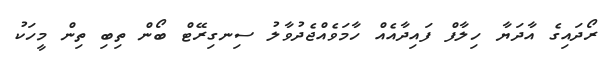
ރޯދައިގެ އާދަޔާ ހިލާފް ފައިދާއެއް ހާމަވެއްޖެދުވާލު ސިނގިރޭޓް ބޯން ތިބި ތިން މީހަކު